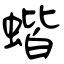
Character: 蝔